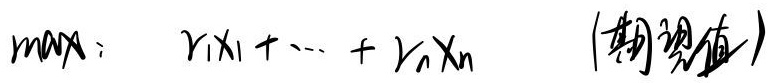
求最大值：\(\max\quad r_1x_1 + \cdots + r_nx_n\quad （\text{期望值}）\)